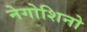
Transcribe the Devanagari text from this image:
नेगोशिनो